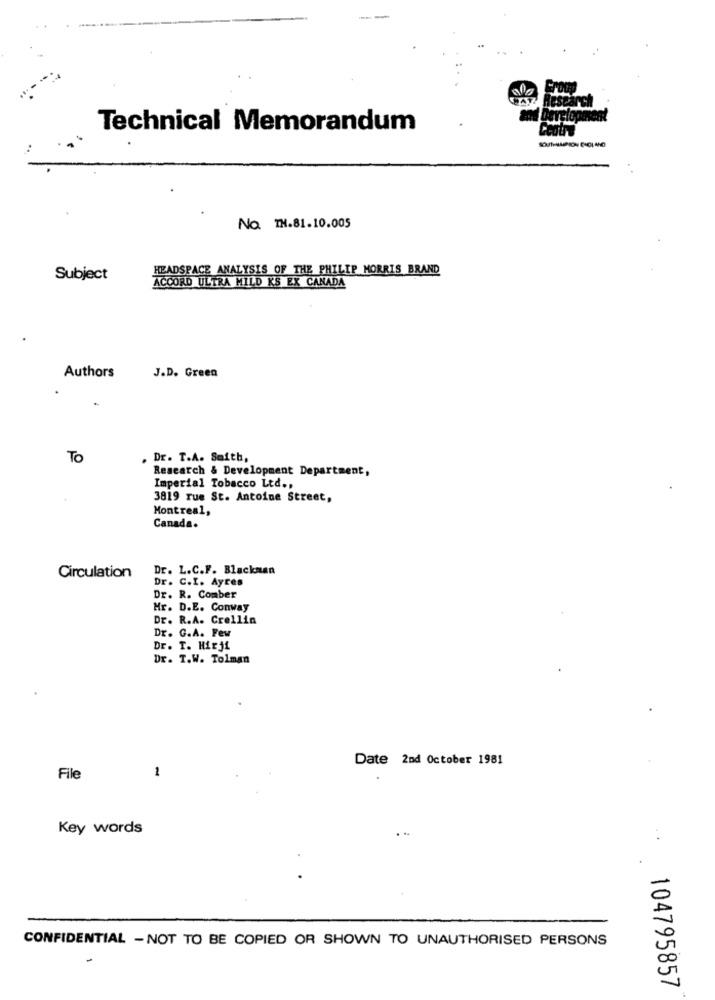
Research
Technical Memorandum
No TH.81.10.005
HEADSPACE ANALYSIS OF THE PHILIP MORRIS BRAND
Subject
ACCORD ULTRA MILD KS EX CANADA
Authors
J.D. Green
To
. Dr. T.A. Smith,
Research & Development Department,
Imperial Tobacco Ltd .,
3819 rue St. Antoine Street,
Montreal,
Canada.
Dr. L.C.F. Blackman
Circulation
Dr. C.I. Ayres
Dr. R. Comber
Hr. D.E. Conway
Dr. R.A. Crellin
Dr. G.A. Few
Dr. T. Hirji
Dr. T.W. Tolman
Date 2nd October 1981
1
File
Key words
CONFIDENTIAL - NOT TO BE COPIED OR SHOWN TO UNAUTHORISED PERSONS
104795857